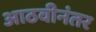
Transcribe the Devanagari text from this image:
आठवीनंतर